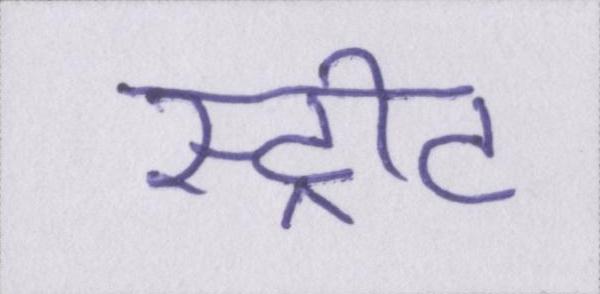
स्ट्रीट